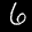
Label: 6